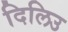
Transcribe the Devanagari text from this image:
दिलिउ